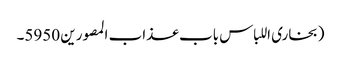
(بخاری اللباس باب عذاب المصورین 5950۔